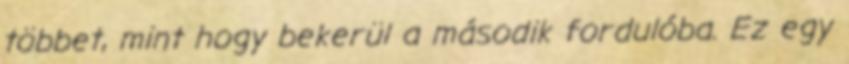
többet, mint hogy bekerül a második fordulóba. Ez egy